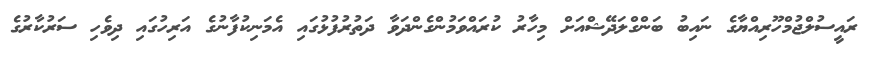
ރައީސުލްޖުމްހޫރިއްޔާގެ ނައިބު ބަންގްލަދޭޝްއަށް މިހާރު ކުރައްވަމުންގެންދަވާ ދަތުރުފުޅުގައި އެމަނިކުފާނުގެ އަރިހުގައި ދިވެހި ސަރުކާރުގެ